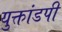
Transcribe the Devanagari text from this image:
युक्तांडपी